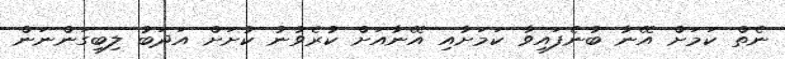
ނެތް ކަމަށް އޭނާ ބުނެފައިވާ ކަމަށާއި އޭނާއަށް ކުރެވުނު ކުށަށް އަދަބު ލިބިގަންނަން